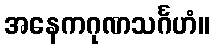
အနေကဂုဏသင်္ဂဟံ။